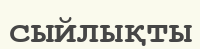
сыйлықты